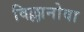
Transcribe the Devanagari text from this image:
विल्लानोवा